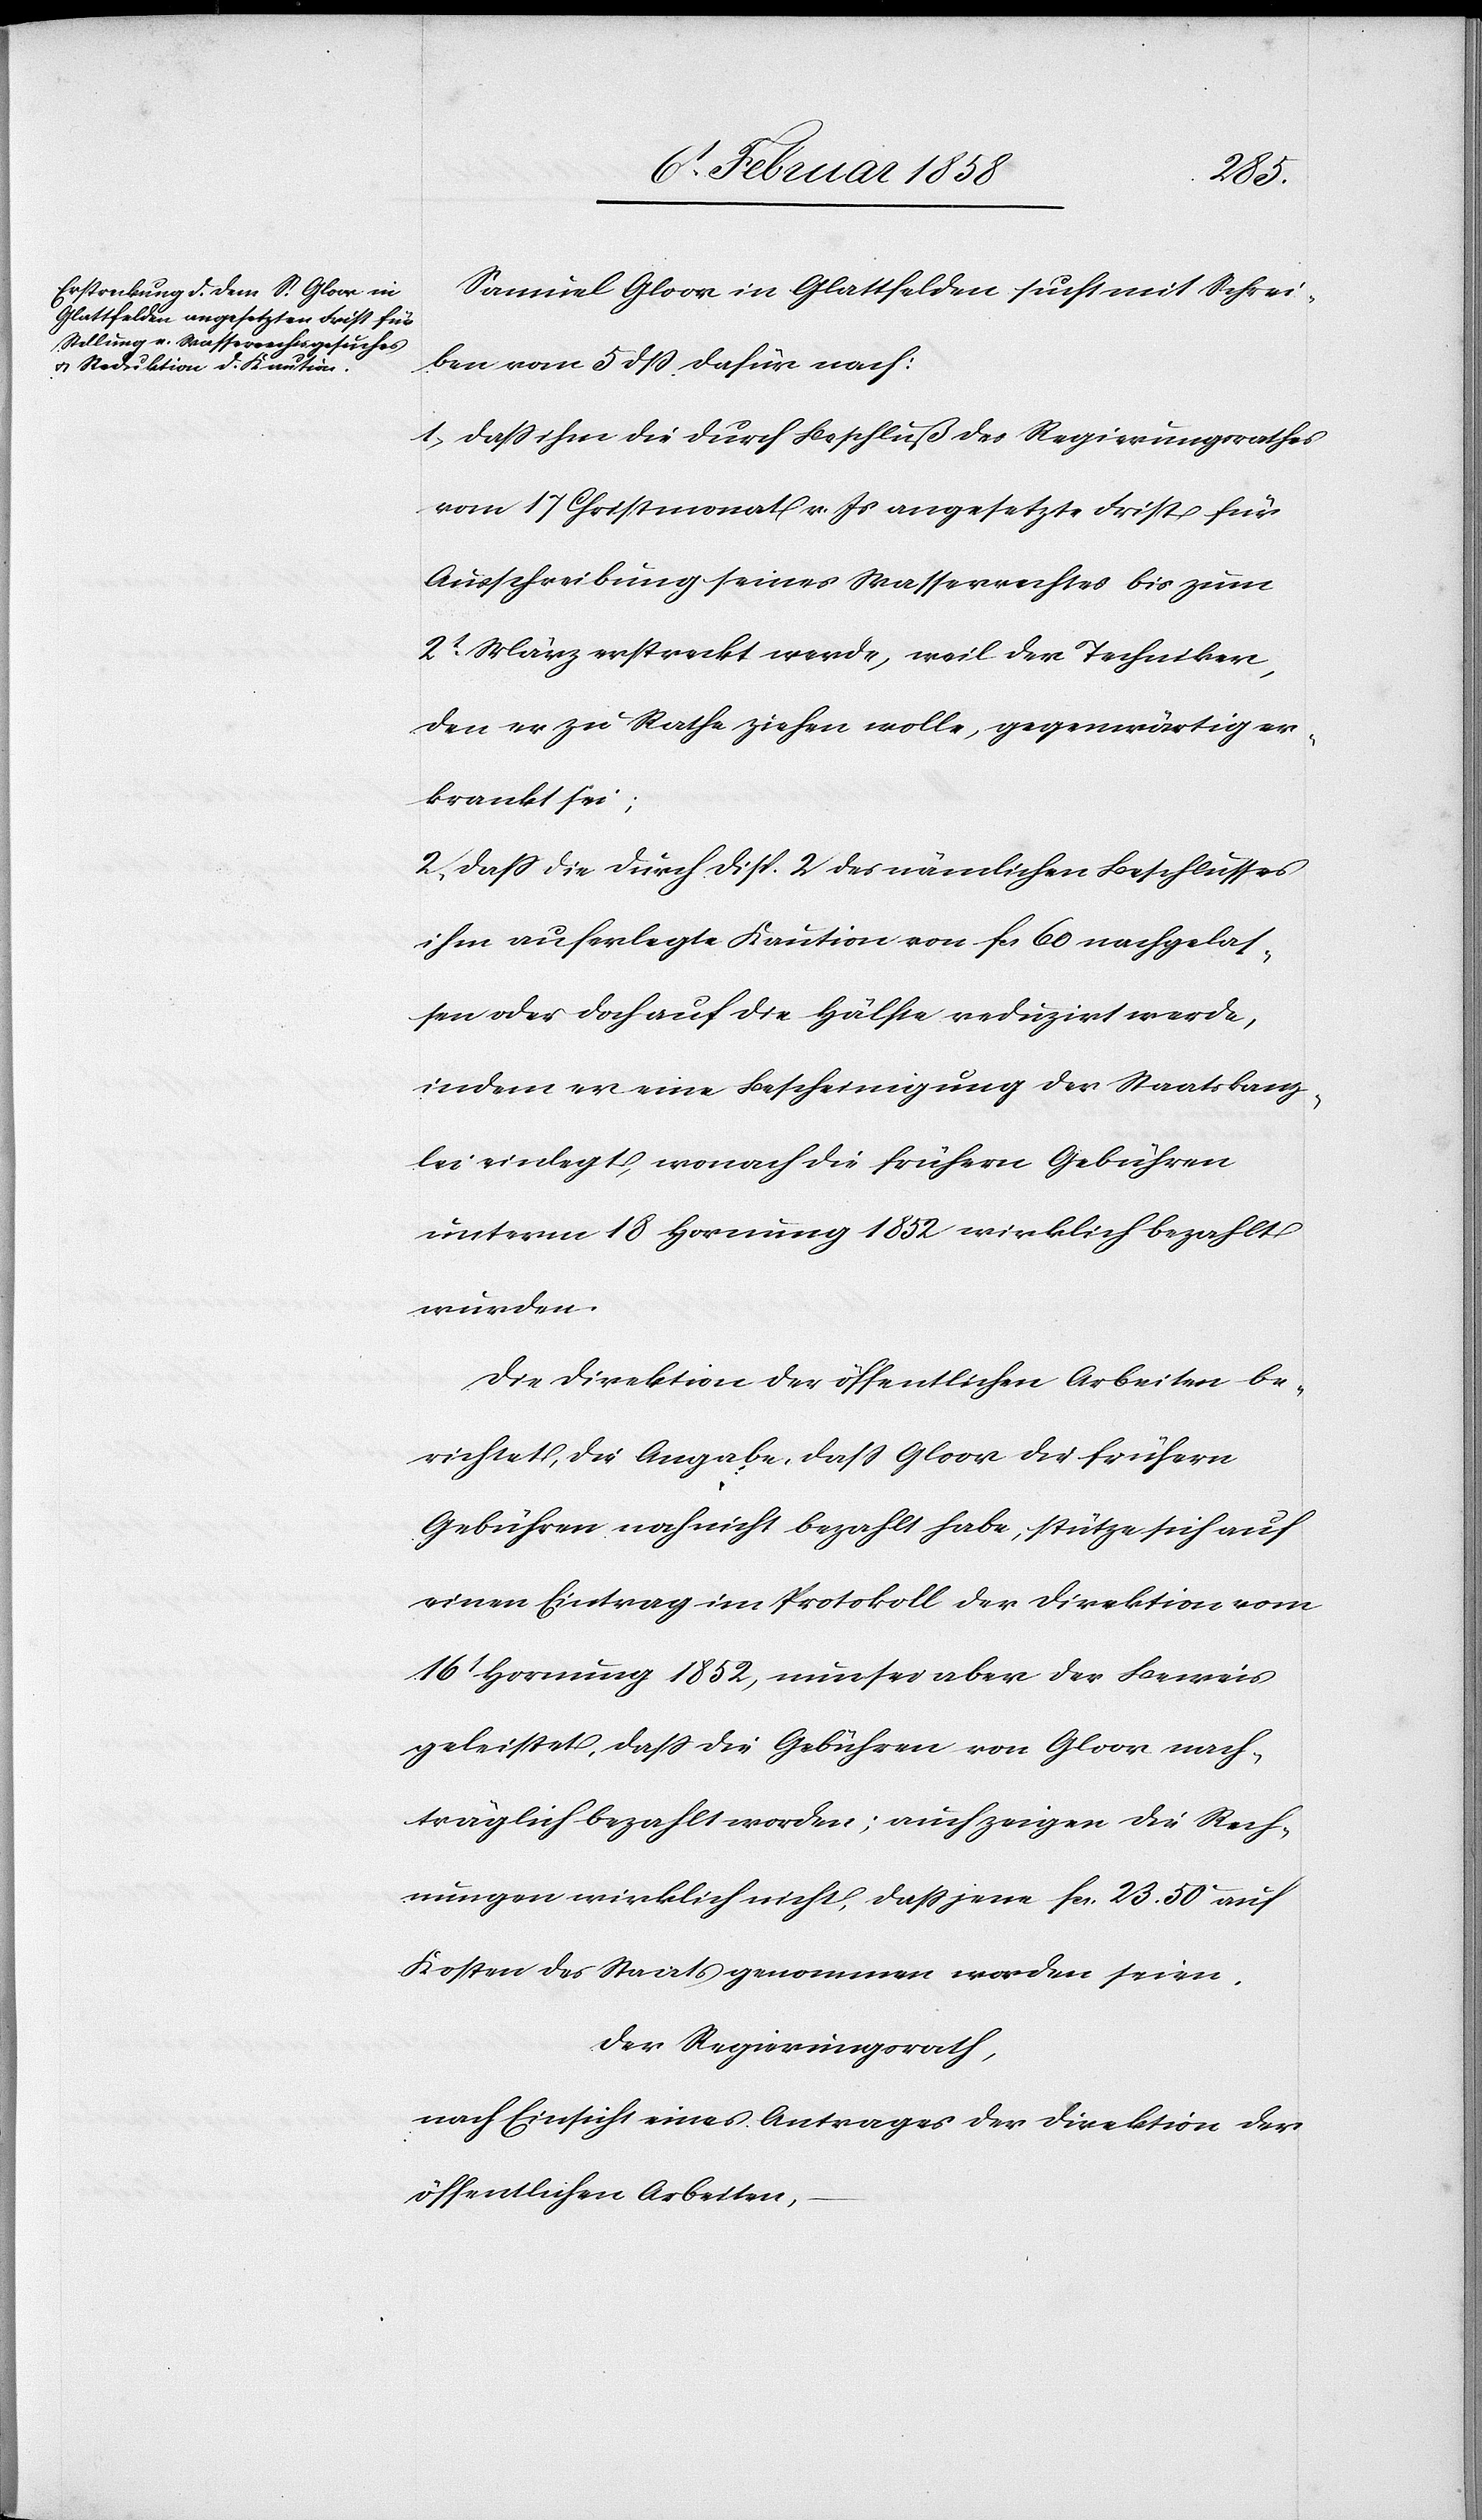
Samuel Gloor in Glattfelden sucht mit Schrei¬
ben vom 5 dß dafür nach:
1. daß ihm die durch Beschluß des Regierungsrathes
vom 17 Christmonat v. Js angesetzte Frist für
Ausschreibung seines Wasserrechts bis zum
2t März erstreckt werde, weil der Techniker,
den er zu Rathe ziehen wolle, gegenwärtig er¬
krankt sei;
2. daß die durch Disp. 2 des nämlichen Beschlusses
ihm auferlegte Kaution von fcs. 60 nachgelas¬
sen oder doch auf die Hälfte reduzirt werde,
indem er eine Bescheinigung der Staatskanz¬
lei einlegt, wonach die frühern Gebühren
unterm 18 Hornung 1852 wirklich bezahlt
wurden.
Die Direktion der öffentlichen Arbeiten be¬
richtet, die Angabe, daß Gloor die frühern
Gebühren noch nicht bezahlt habe, stütze sich auf
einen Eintrag im Protokoll der Direktion vom
16t Hornung 1852, nun sei aber der Beweis
geleistet, daß die Gebühren von Gloor nach¬
träglich bezahlt worden; auch zeigen die Rech¬
ungen wirklich nicht, daß jene fcs. 23. 50 auf
Kosten des Staats genommen worden seien.
Der Regierungsrath,
nach Einsicht eines Antrages der Direktion der
öffentlichen Arbeiten,